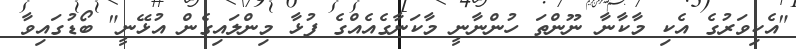
"އެކިވަރުގެ އެކި މާކާނާ ނޫންތަ ހުންނާނީ މާކަނާގެއެއްގެ ފުޅާ މިންލައިގެން އުޅޭނީ" ބޯޑުގައިވާ